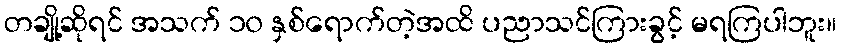
တချို့ဆိုရင် အသက် ၁၀ နှစ်ရောက်တဲ့အထိ ပညာသင်ကြားခွင့် မရကြပါဘူး။